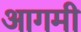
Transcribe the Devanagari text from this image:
आगमी